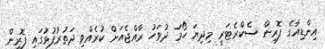
އިންޑިއާގެ ފޮރިން ސެކްރެޓަރީ މިދިޔަ ހޯމަ ދުވަހު ރާއްޖެއަށް ކުރެއްވި ދަތުރުފުޅުގައި ފޮރިން